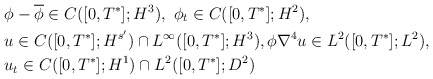
\begin{align*}& \phi-\overline{\phi} \in C([0,T^*]; H^3), \ \phi _t \in C([0,T^*]; H^2),\\& u\in C([0,T^*]; H^{s'})\cap L^\infty([0,T^*]; H^3),\phi \nabla^4 u \in L^2([0,T^*] ; L^2), \\& u_t \in C([0,T^*]; H^1)\cap L^2([0,T^*] ; D^2)\end{align*}